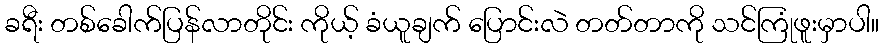
ခရီး တစ်ခေါက်ပြန်လာတိုင်း ကိုယ့် ခံယူချက် ပြောင်းလဲ တတ်တာကို သင်ကြုံဖူးမှာပါ။